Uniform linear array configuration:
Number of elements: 48
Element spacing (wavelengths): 0.75
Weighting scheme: exponential
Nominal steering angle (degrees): -30
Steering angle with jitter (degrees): -31.712
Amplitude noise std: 0.05
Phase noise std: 0.05

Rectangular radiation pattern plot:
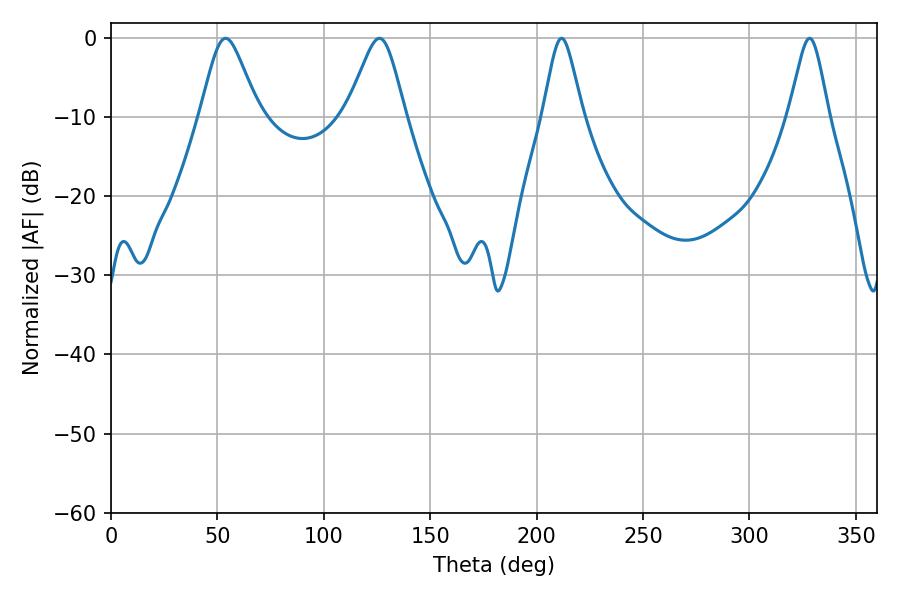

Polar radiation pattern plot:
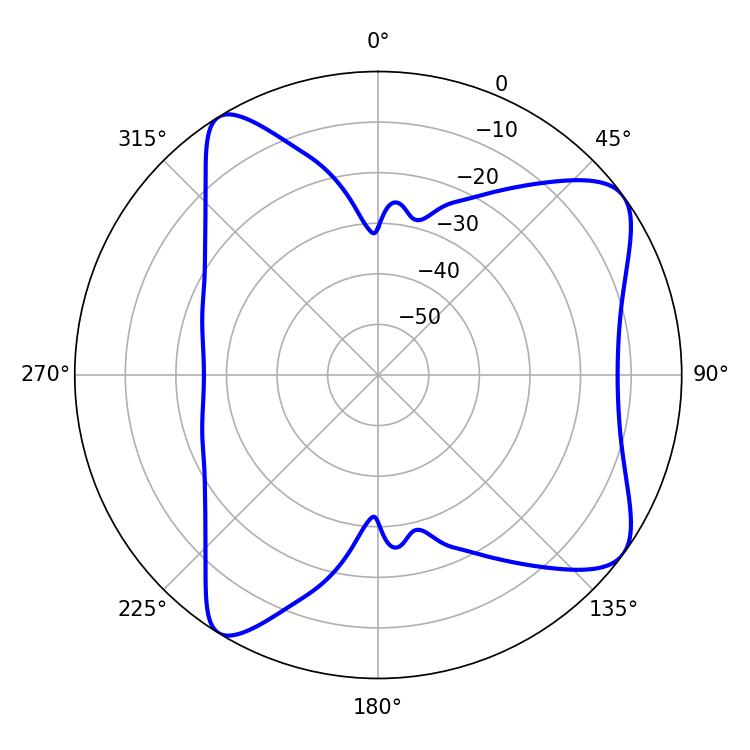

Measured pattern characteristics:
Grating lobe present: TRUE
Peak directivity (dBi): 8.605
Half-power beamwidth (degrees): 13.32
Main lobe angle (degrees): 126.18